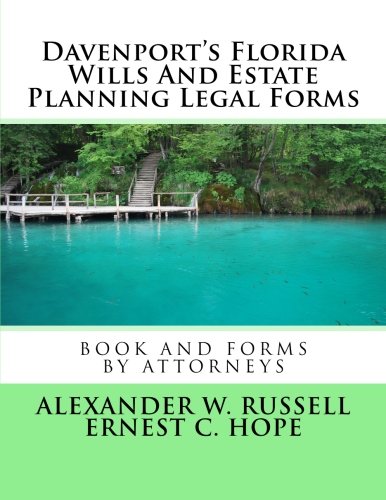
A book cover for Davenport's Florida Wills And Estate Planning Legal Forms; Alexander W Russell; Law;